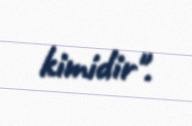
kimidir".